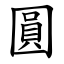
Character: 圓